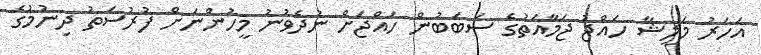
އަހަރު މަލީޝާ ހައްޖު ޖަމާއަތުގެ ސަބަބުން ހައްޖަށް ނުދެވުނު މީހުންނަށް ފުރުސަތު ދިނުމުގެ